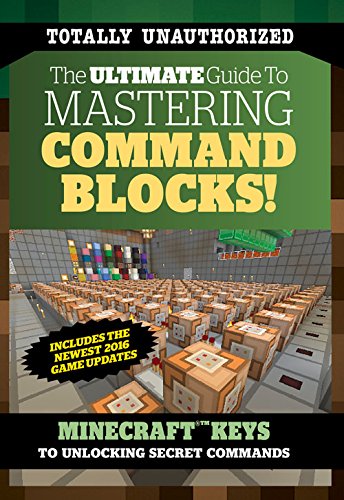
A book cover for The Ultimate Guide to Mastering Command Blocks!: Minecraft Keys to Unlocking Secret Commands; Triumph Books; Humor & Entertainment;